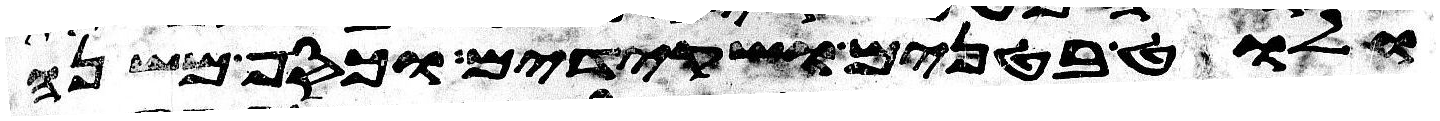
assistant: ולוט בטנים ושקידים וכסף משנה